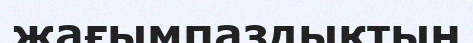
жағымпаздықтың